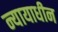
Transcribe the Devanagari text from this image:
न्यायाधीन